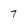
Character: 7